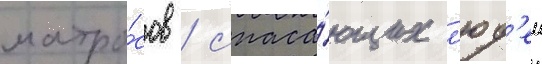
матро́сов / спаса́ющих л'юд'еи